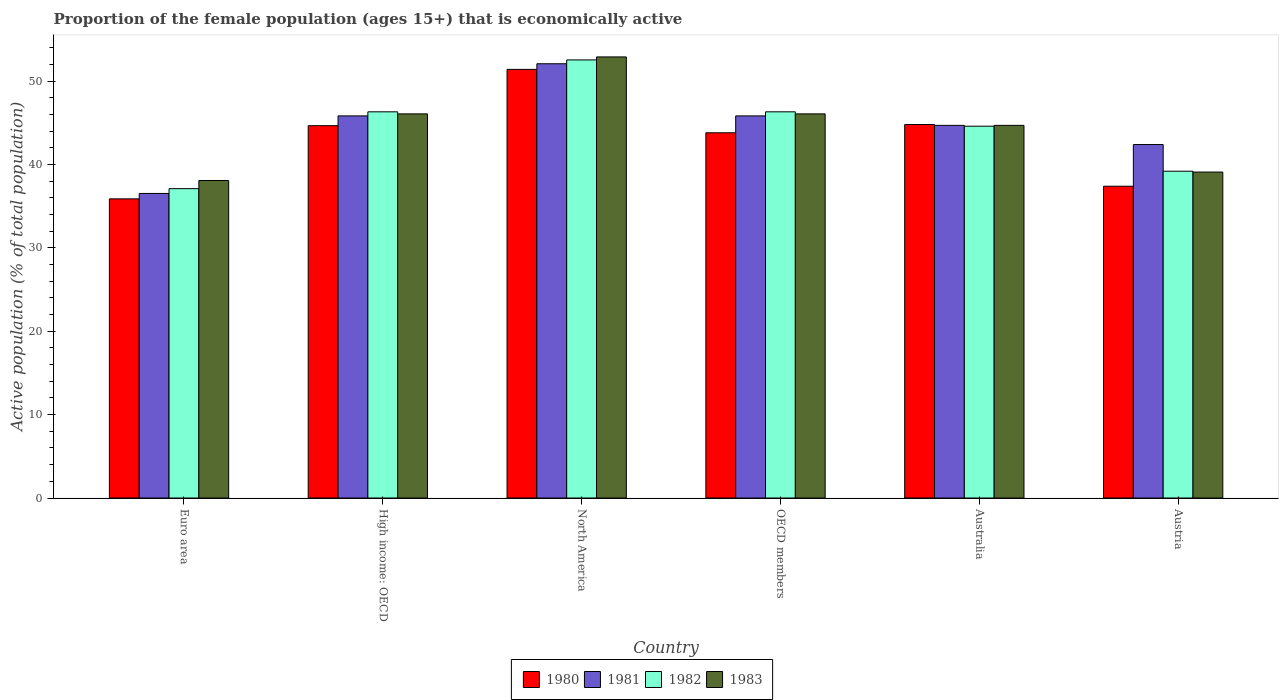
| Country | 1980 | 1981 | 1982 | 1983 |
 | --- | --- | --- | --- | --- |
 | Euro area | 35.9 | 36.5 | 37.1 | 38.1 |
 | High income: OECD | 44.7 | 45.8 | 46.3 | 46.1 |
 | North America | 51.4 | 52.1 | 52.6 | 52.9 |
 | OECD members | 43.8 | 45.8 | 46.3 | 46.1 |
 | Australia | 44.8 | 44.7 | 44.6 | 44.7 |
 | Austria | 37.4 | 42.4 | 39.2 | 39.1 |